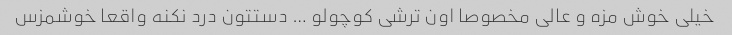
خیلی خوش مزه و عالی مخصوصا اون ترشی کوچولو … دستتون درد نکنه واقعا خوشمزس